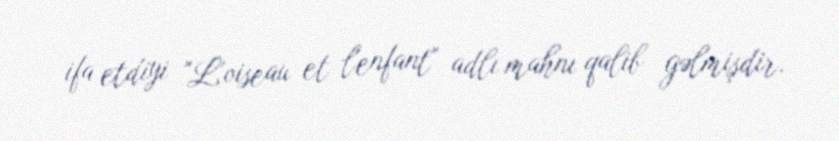
ifa etdiyi "L'oiseau et l'enfant" adlı mahnı qalib gəlmişdir.